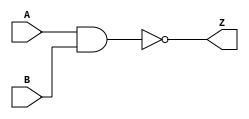
module notech_nand2 (A,B,Z);
input A,B;
output Z;
assign Z=~(A&B);
endmodule